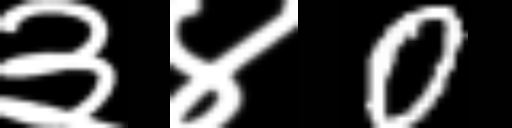
Text: ३४0